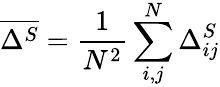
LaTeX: \overline{{\Delta^{S}}}=\frac{1}{N^{2}}\sum_{i,j}^{N}\Delta_{ij}^{S}